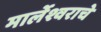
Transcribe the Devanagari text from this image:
मार्लेश्वराचे